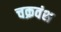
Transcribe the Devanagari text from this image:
चक्रवंश